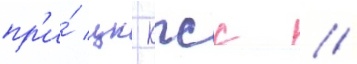
пр'и́ цк кпсс //